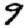
Digit: 9